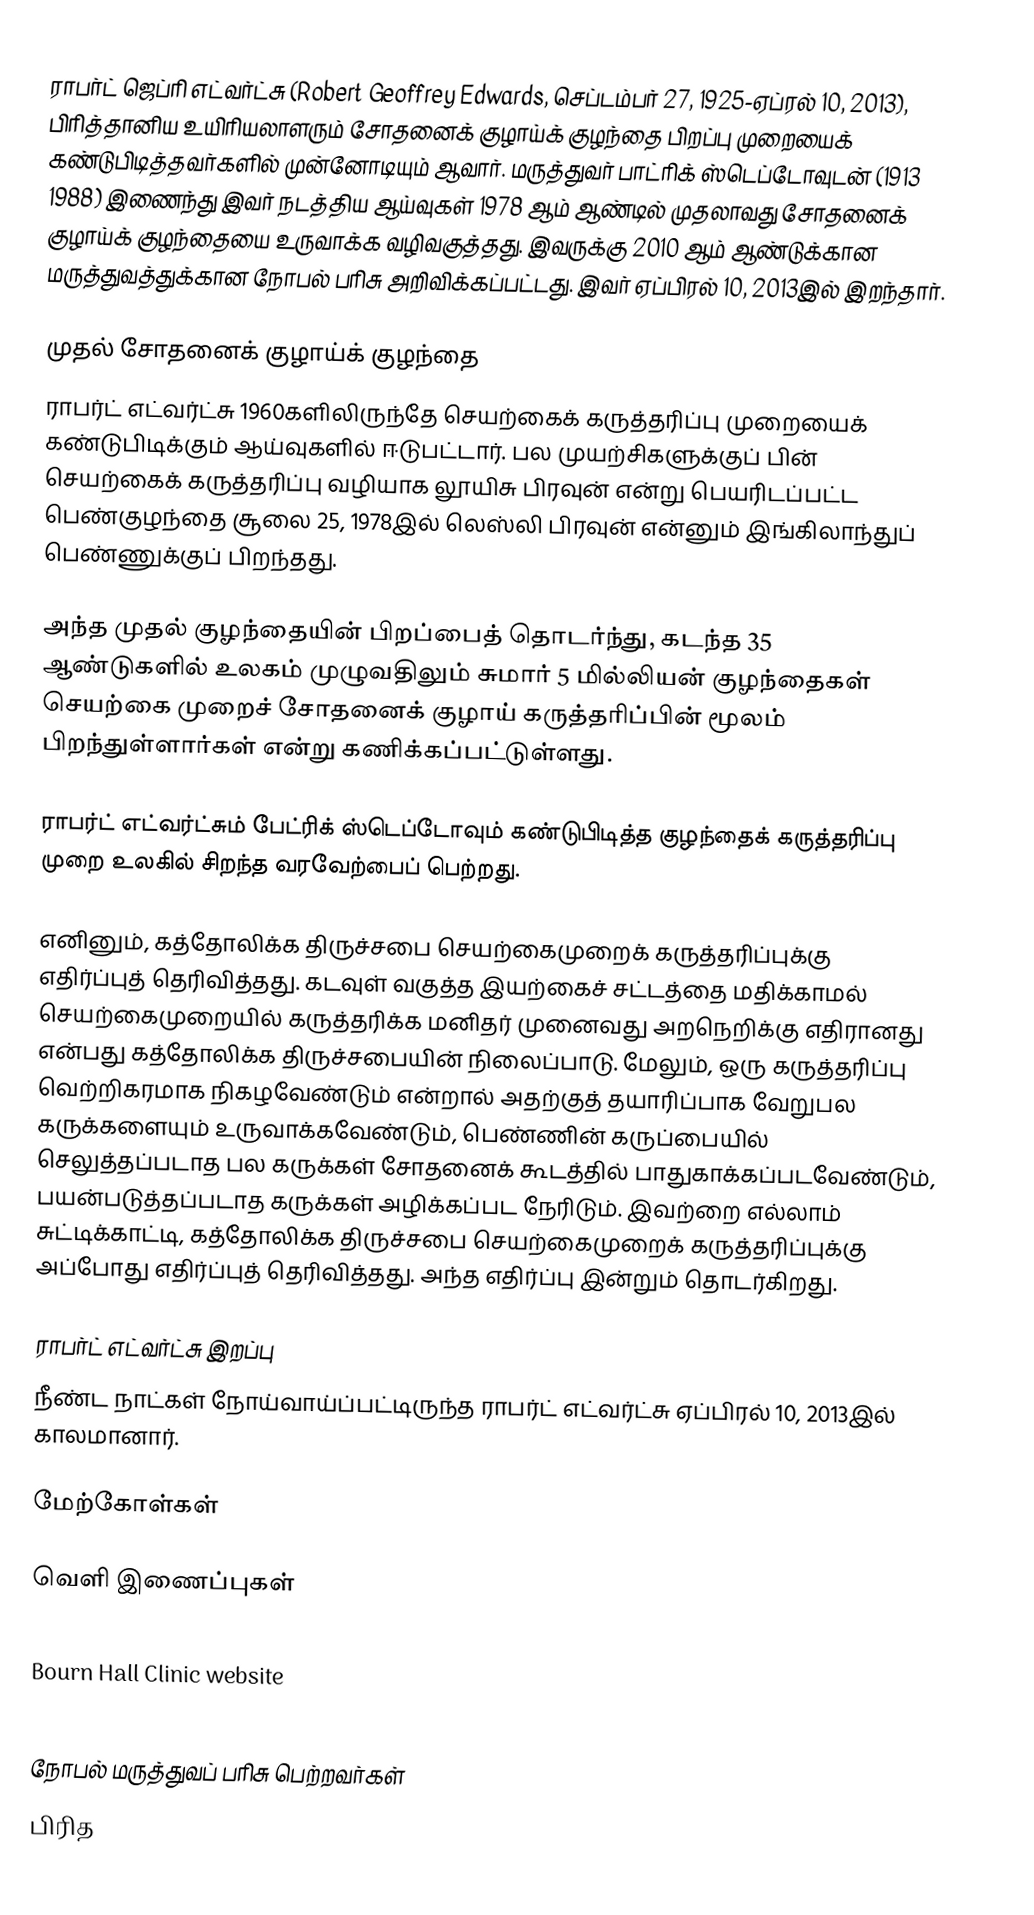
ராபர்ட் ஜெப்ரி எட்வர்ட்சு (Robert Geoffrey Edwards, செப்டம்பர் 27, 1925-ஏப்ரல் 10, 2013), பிரித்தானிய உயிரியலாளரும் சோதனைக் குழாய்க் குழந்தை பிறப்பு முறையைக் கண்டுபிடித்தவர்களில் முன்னோடியும் ஆவார். மருத்துவர் பாட்ரிக் ஸ்டெப்டோவுடன் (1913 1988) இணைந்து இவர் நடத்திய ஆய்வுகள் 1978 ஆம் ஆண்டில் முதலாவது சோதனைக் குழாய்க் குழந்தையை உருவாக்க வழிவகுத்தது. இவருக்கு 2010 ஆம் ஆண்டுக்கான மருத்துவத்துக்கான நோபல் பரிசு அறிவிக்கப்பட்டது. இவர் ஏப்பிரல் 10, 2013இல் இறந்தார்.

முதல் சோதனைக் குழாய்க் குழந்தை
ராபர்ட் எட்வர்ட்சு 1960களிலிருந்தே செயற்கைக் கருத்தரிப்பு முறையைக் கண்டுபிடிக்கும் ஆய்வுகளில் ஈடுபட்டார். பல முயற்சிகளுக்குப் பின் செயற்கைக் கருத்தரிப்பு வழியாக லூயிசு பிரவுன் என்று பெயரிடப்பட்ட பெண்குழந்தை சூலை 25, 1978இல் லெஸ்லி பிரவுன் என்னும் இங்கிலாந்துப் பெண்ணுக்குப் பிறந்தது.

அந்த முதல் குழந்தையின் பிறப்பைத் தொடர்ந்து, கடந்த 35 ஆண்டுகளில் உலகம் முழுவதிலும் சுமார் 5 மில்லியன் குழந்தைகள் செயற்கை முறைச் சோதனைக் குழாய் கருத்தரிப்பின் மூலம் பிறந்துள்ளார்கள் என்று கணிக்கப்பட்டுள்ளது.

ராபர்ட் எட்வர்ட்சும் பேட்ரிக் ஸ்டெப்டோவும் கண்டுபிடித்த குழந்தைக் கருத்தரிப்பு முறை உலகில் சிறந்த வரவேற்பைப் பெற்றது.

எனினும், கத்தோலிக்க திருச்சபை செயற்கைமுறைக் கருத்தரிப்புக்கு எதிர்ப்புத் தெரிவித்தது. கடவுள் வகுத்த இயற்கைச் சட்டத்தை மதிக்காமல் செயற்கைமுறையில் கருத்தரிக்க மனிதர் முனைவது அறநெறிக்கு எதிரானது என்பது கத்தோலிக்க திருச்சபையின் நிலைப்பாடு. மேலும், ஒரு கருத்தரிப்பு வெற்றிகரமாக நிகழவேண்டும் என்றால் அதற்குத் தயாரிப்பாக வேறுபல கருக்களையும் உருவாக்கவேண்டும், பெண்ணின் கருப்பையில் செலுத்தப்படாத பல கருக்கள் சோதனைக் கூடத்தில் பாதுகாக்கப்படவேண்டும், பயன்படுத்தப்படாத கருக்கள் அழிக்கப்பட நேரிடும். இவற்றை எல்லாம் சுட்டிக்காட்டி, கத்தோலிக்க திருச்சபை செயற்கைமுறைக் கருத்தரிப்புக்கு அப்போது எதிர்ப்புத் தெரிவித்தது. அந்த எதிர்ப்பு இன்றும் தொடர்கிறது.

ராபர்ட் எட்வர்ட்சு இறப்பு
நீண்ட நாட்கள் நோய்வாய்ப்பட்டிருந்த ராபர்ட் எட்வர்ட்சு ஏப்பிரல் 10, 2013இல் காலமானார்.

மேற்கோள்கள்

வெளி இணைப்புகள்
 Nobel Prize
 Bourn Hall Clinic website
 Profile at Lasker Foundation

நோபல் மருத்துவப் பரிசு பெற்றவர்கள்
பிரித